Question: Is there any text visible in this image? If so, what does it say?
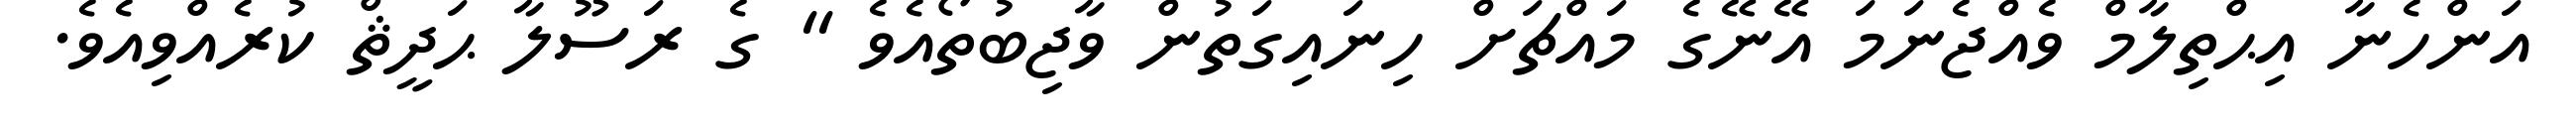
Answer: އަންހެނާ އިޙްތިލާމް ވެއްޖެނަމަ އޭނޭގެ މައްޗަށް ހިނައިގަތުން ވާޖިބުތޯއެވެ " ގެ ރަސޫލާ ޙަދީޘް ކުރެއްވިއެވެ.